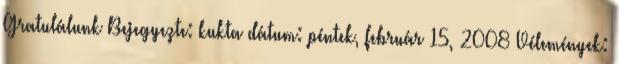
Gratulálunk Bejegyezte: kukta dátum: péntek, február 15, 2008 Vélemények: